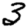
Digit: 3